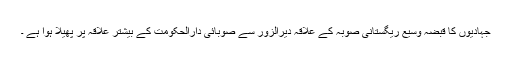
جہادیوں کا قبضہ وسیع ریگستانی صوبہ کے علاقہ دیرالزور سے صوبائی دارالحکومت کے بیشتر علاقہ پر پھیلا ہوا ہے ۔